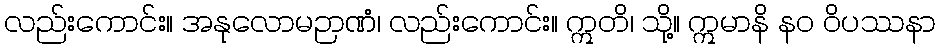
လည်းကောင်း။ အနုလောမဉာဏံ၊ လည်းကောင်း။ ဣတိ၊ သို့။ ဣမာနိ နဝ ဝိပဿနာ